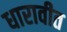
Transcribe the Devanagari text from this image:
धारावीत